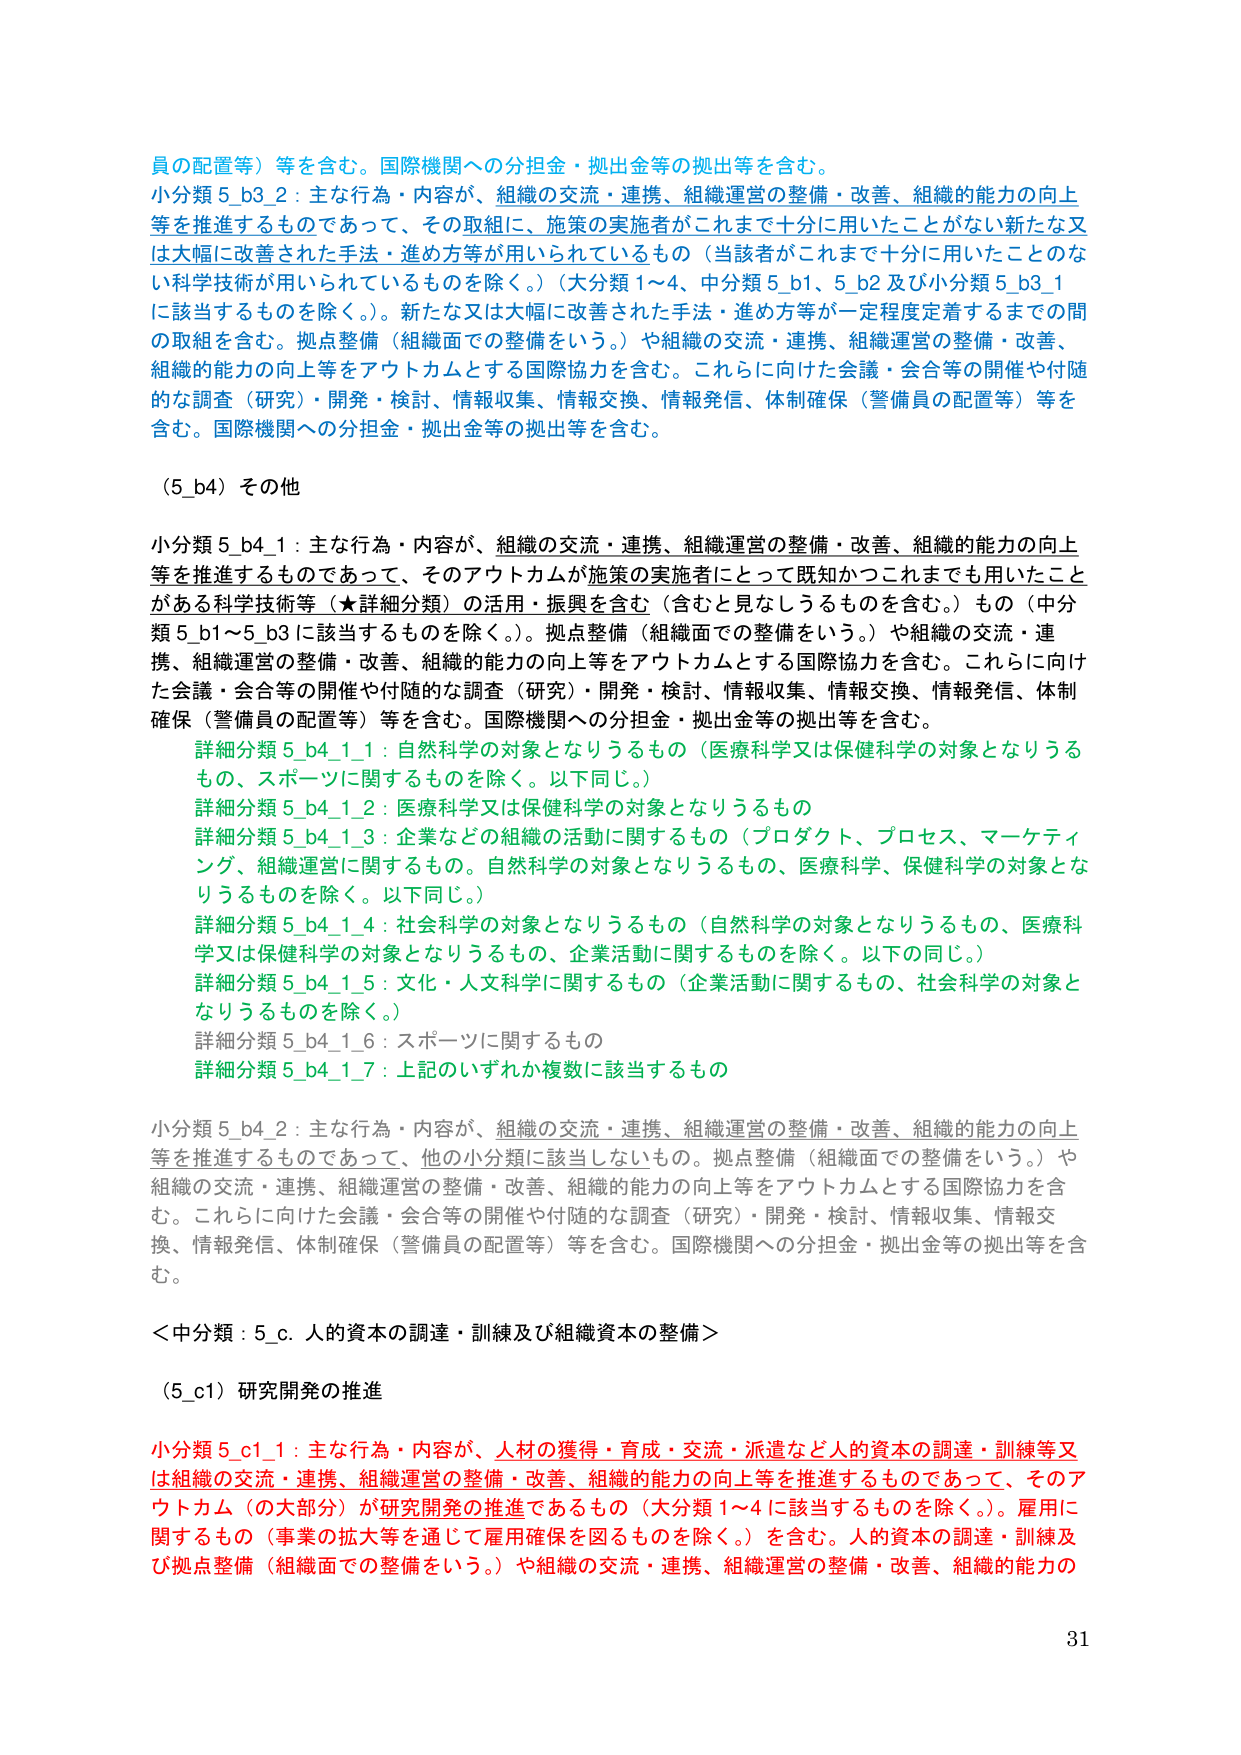
員の配置等）等を含む。国際機関への分担金・拠出金等の拠出等を含む。
小分類 5_b3_2：主な行為・内容が、組織の交流・連携、組織運営の整備・改善、組織的能力の向上等を推進するものであって、その取組に、施策の実施者がこれまで十分に用いたことがない新たな又は大幅に改善された手法・進め方等が用いられているもの（当該者がこれまで十分に用いたことのない科学技術が用いられているものを除く。）（大分類1～4、中分類5_b1、5_b2及び小分類5_b3_1に該当するものを除く。）。新たな又は大幅に改善された手法・進め方等が一定程度定着するまでの間の取組を含む。拠点整備（組織面での整備をいう。）や組織の交流・連携、組織運営の整備・改善、組織的能力の向上等をアウトカムとする国際協力を含む。これらに向けた会議・会合等の開催や付随的な調査（研究）・開発・検討、情報収集、情報交換、情報発信、体制確保（警備員の配置等）等を含む。国際機関への分担金・拠出金等の拠出等を含む。

（5_b4）その他

小分類 5_b4_1：主な行為・内容が、組織の交流・連携、組織運営の整備・改善、組織的能力の向上等を推進するものであって、そのアウトカムが施策の実施者にとって既知かつこれまでも用いたことがある科学技術等（★詳細分類）の活用・振興を含む（含むと見なしうるものを含む。）もの（中分類5_b1～5_b3に該当するものを除く。）。拠点整備（組織面での整備をいう。）や組織の交流・連携、組織運営の整備・改善、組織的能力の向上等をアウトカムとする国際協力を含む。これらに向けた会議・会合等の開催や付随的な調査（研究）・開発・検討、情報収集、情報交換、情報発信、体制確保（警備員の配置等）等を含む。国際機関への分担金・拠出金等の拠出等を含む。
　　詳細分類 5_b4_1_1：自然科学の対象となりうるもの（医療科学又は保健科学の対象となりうるもの、スポーツに関するものを除く。以下同じ。）
　　詳細分類 5_b4_1_2：医療科学又は保健科学の対象となりうるもの
　　詳細分類 5_b4_1_3：企業などの組織の活動に関するもの（プロダクト、プロセス、マーケティング、組織運営に関するもの。自然科学の対象となりうるもの、医療科学、保健科学の対象となりうるものを除く。以下同じ。）
　　詳細分類 5_b4_1_4：社会科学の対象となりうるもの（自然科学の対象となりうるもの、医療科学又は保健科学の対象となりうるもの、企業活動に関するものを除く。以下の同じ。）
　　詳細分類 5_b4_1_5：文化・人文科学に関するもの（企業活動に関するもの、社会科学の対象となりうるものを除く。）
　　詳細分類 5_b4_1_6：スポーツに関するもの
　　詳細分類 5_b4_1_7：上記のいずれか複数に該当するもの

小分類 5_b4_2：主な行為・内容が、組織の交流・連携、組織運営の整備・改善、組織的能力の向上等を推進するものであって、他の小分類に該当しないもの。拠点整備（組織面での整備をいう。）や組織の交流・連携、組織運営の整備・改善、組織的能力の向上等をアウトカムとする国際協力を含む。これらに向けた会議・会合等の開催や付随的な調査（研究）・開発・検討、情報収集、情報交換、情報発信、体制確保（警備員の配置等）等を含む。国際機関への分担金・拠出金等の拠出等を含む。

＜中分類：5_c. 人的資本の調達・訓練及び組織資本の整備＞

（5_c1）研究開発の推進

小分類 5_c1_1：主な行為・内容が、人材の獲得・育成・交流・派遣など人的資本の調達・訓練等又は組織の交流・連携、組織運営の整備・改善、組織的能力の向上等を推進するものであって、そのアウトカム（の大部分）が研究開発の推進であるもの（大分類1～4に該当するものを除く。）。雇用に関するもの（事業の拡大等を通じて雇用確保を図るものを除く。）を含む。人的資本の調達・訓練及び拠点整備（組織面での整備をいう。）や組織の交流・連携、組織運営の整備・改善、組織的能力の

31